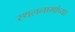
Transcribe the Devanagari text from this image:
स्थलनामांच्या